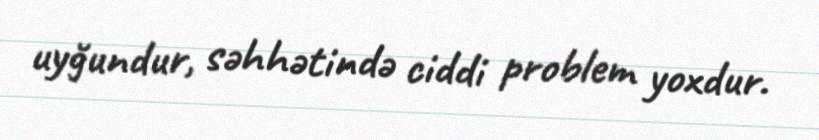
uyğundur, səhhətində ciddi problem yoxdur.